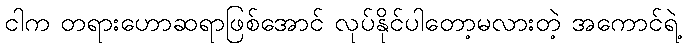
ငါက တရားဟောဆရာဖြစ်အောင် လုပ်နိုင်ပါတော့မလားတဲ့ အကောင်ရဲ့